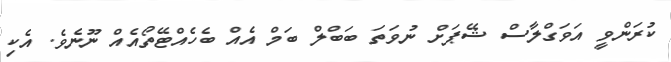
ކުރަންވީ އަވަގްލާސް ޝޭޕަށް ނުވަތަ ބަބްލް ބަމް އެއް ބެހެއްޓޭތޯއެއް ނޫނެވެ. އެކި